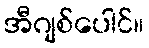
အီဂျစ်ပေါင်။